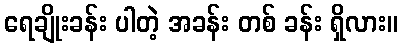
ရေချိုးခန်း ပါတဲ့ အခန်း တစ် ခန်း ရှိလား။